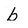
Character: b